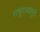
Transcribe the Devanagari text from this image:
शत्रूराज्यांमुळे